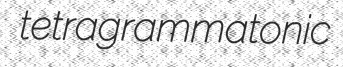
tetragrammatonic